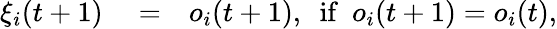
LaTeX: \begin{array}{rlr}{\xi_{i}(t+1)}&{{}=}&{o_{i}(t+1),~~\mathrm{if}~~o_{i}(t+1)=o_{i}(t),}\end{array}